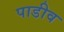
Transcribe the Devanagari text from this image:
पाडीव